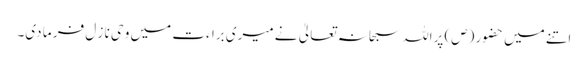
اتنے میں حضور (ص) پراللہ سبحا نہ تعالیٰ نے میری برا ءت میں و حی نا ز ل فر ما دی۔